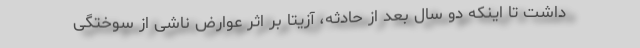
داشت تا اینکه دو سال بعد از حادثه، آزیتا بر اثر عوارض ناشی از سوختگی